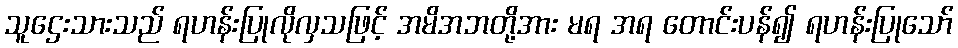
သူဌေးသားသည် ရဟန်းပြုလိုလှသဖြင့် အမိအဘတို့အား မရ အရ တောင်းပန်၍ ရဟန်းပြုသော်